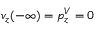
v _ { z } ( - \infty ) = p _ { z } ^ { V } = 0